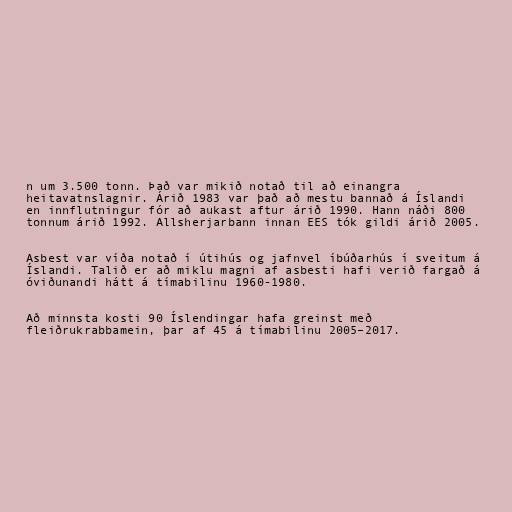
n um 3.500 tonn. Það var mikið notað til að einangra
heitavatnslagnir. Árið 1983 var það að mestu bannað á Íslandi
en innflutningur fór að aukast aftur árið 1990. Hann náði 800
tonnum árið 1992. Allsherjarbann innan EES tók gildi árið 2005.

Asbest var víða notað í útihús og jafnvel íbúðarhús í sveitum á
Íslandi. Talið er að miklu magni af asbesti hafi verið fargað á
óviðunandi hátt á tímabilinu 1960-1980.

Að minnsta kosti 90 Íslendingar hafa greinst með
fleiðrukrabbamein, þar af 45 á tímabilinu 2005–2017.